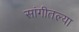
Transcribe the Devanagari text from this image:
सांगीतल्या